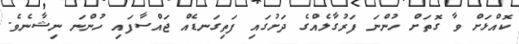
ކޮއްޅަށް ވާ ގޮތަށް ހުންނަ ފަރުގާލެއްގެ ދަށުގައި ފަތިގަނޑެއް ޖައްސާފައި ހުންނަ ނިޝާނެވެ.